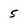
Character: 5